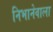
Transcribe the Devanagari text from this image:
निभानेवाला